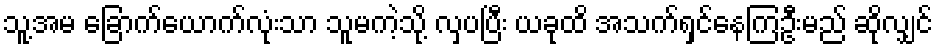
သူ့အမ ခြောက်ယောက်လုံးသာ သူမကဲ့သို့ လှပပြီး ယခုထိ အသက်ရှင်နေကြဦးမည် ဆိုလျှင်